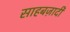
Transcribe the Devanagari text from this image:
साहबज़ादी